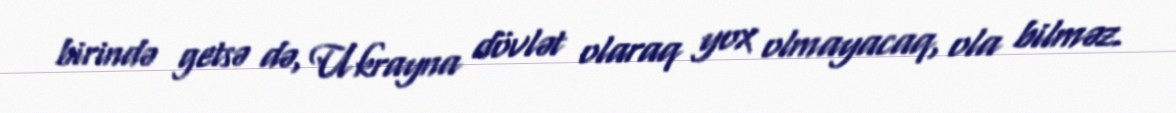
birində getsə də, Ukrayna dövlət olaraq yox olmayacaq, ola bilməz.